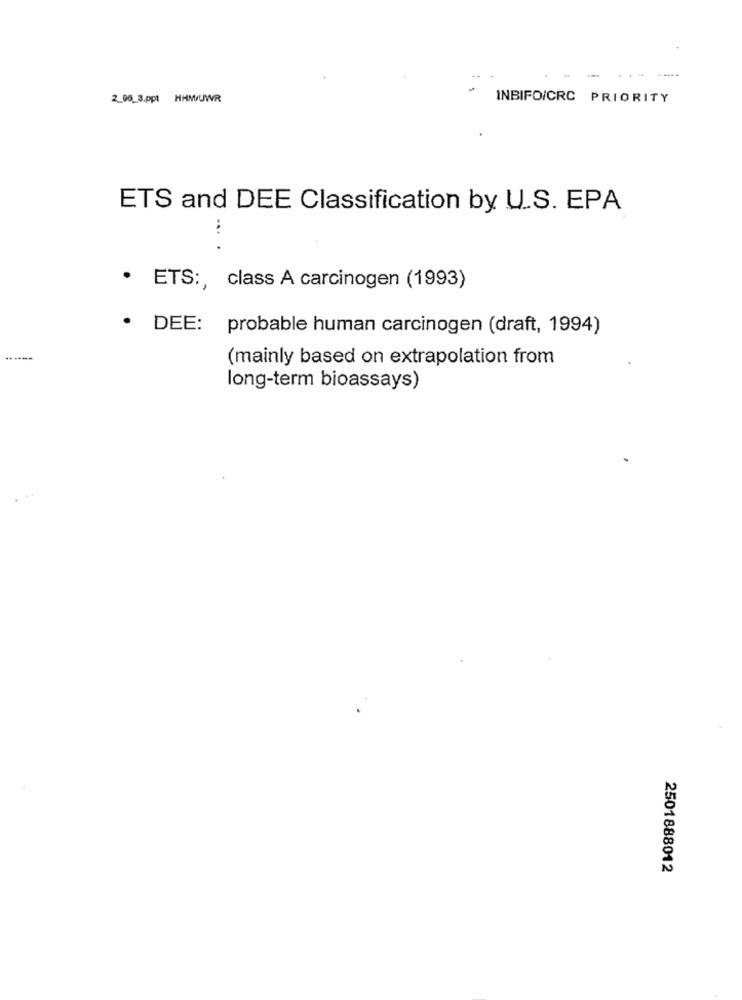
2.06_3.ppt HHM/UWR
INBIFO/CRC PRIORITY
ETS and DEE Classification by U.S. EPA
...
· ETS :, class A carcinogen (1993)
· DEE: probable human carcinogen (draft, 1994)
(mainly based on extrapolation from
long-term bioassays)
2501888012